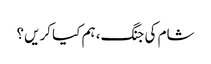
شام کی جنگ، ہم کیا کریں؟